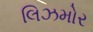
લિઝમોર